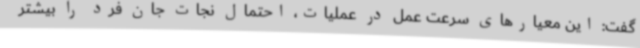
گفت: این معیارهای سرعت عمل در عملیات، احتمال نجات جان فرد را بیشتر